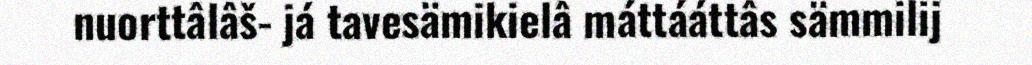
nuorttâlâš- já tavesämikielâ máttááttâs sämmilij